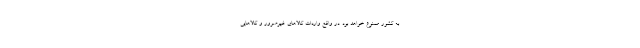
به کشور ممنوع خواهد بود. در واقع واردات کالاهای غیرضرور و کالاهایی